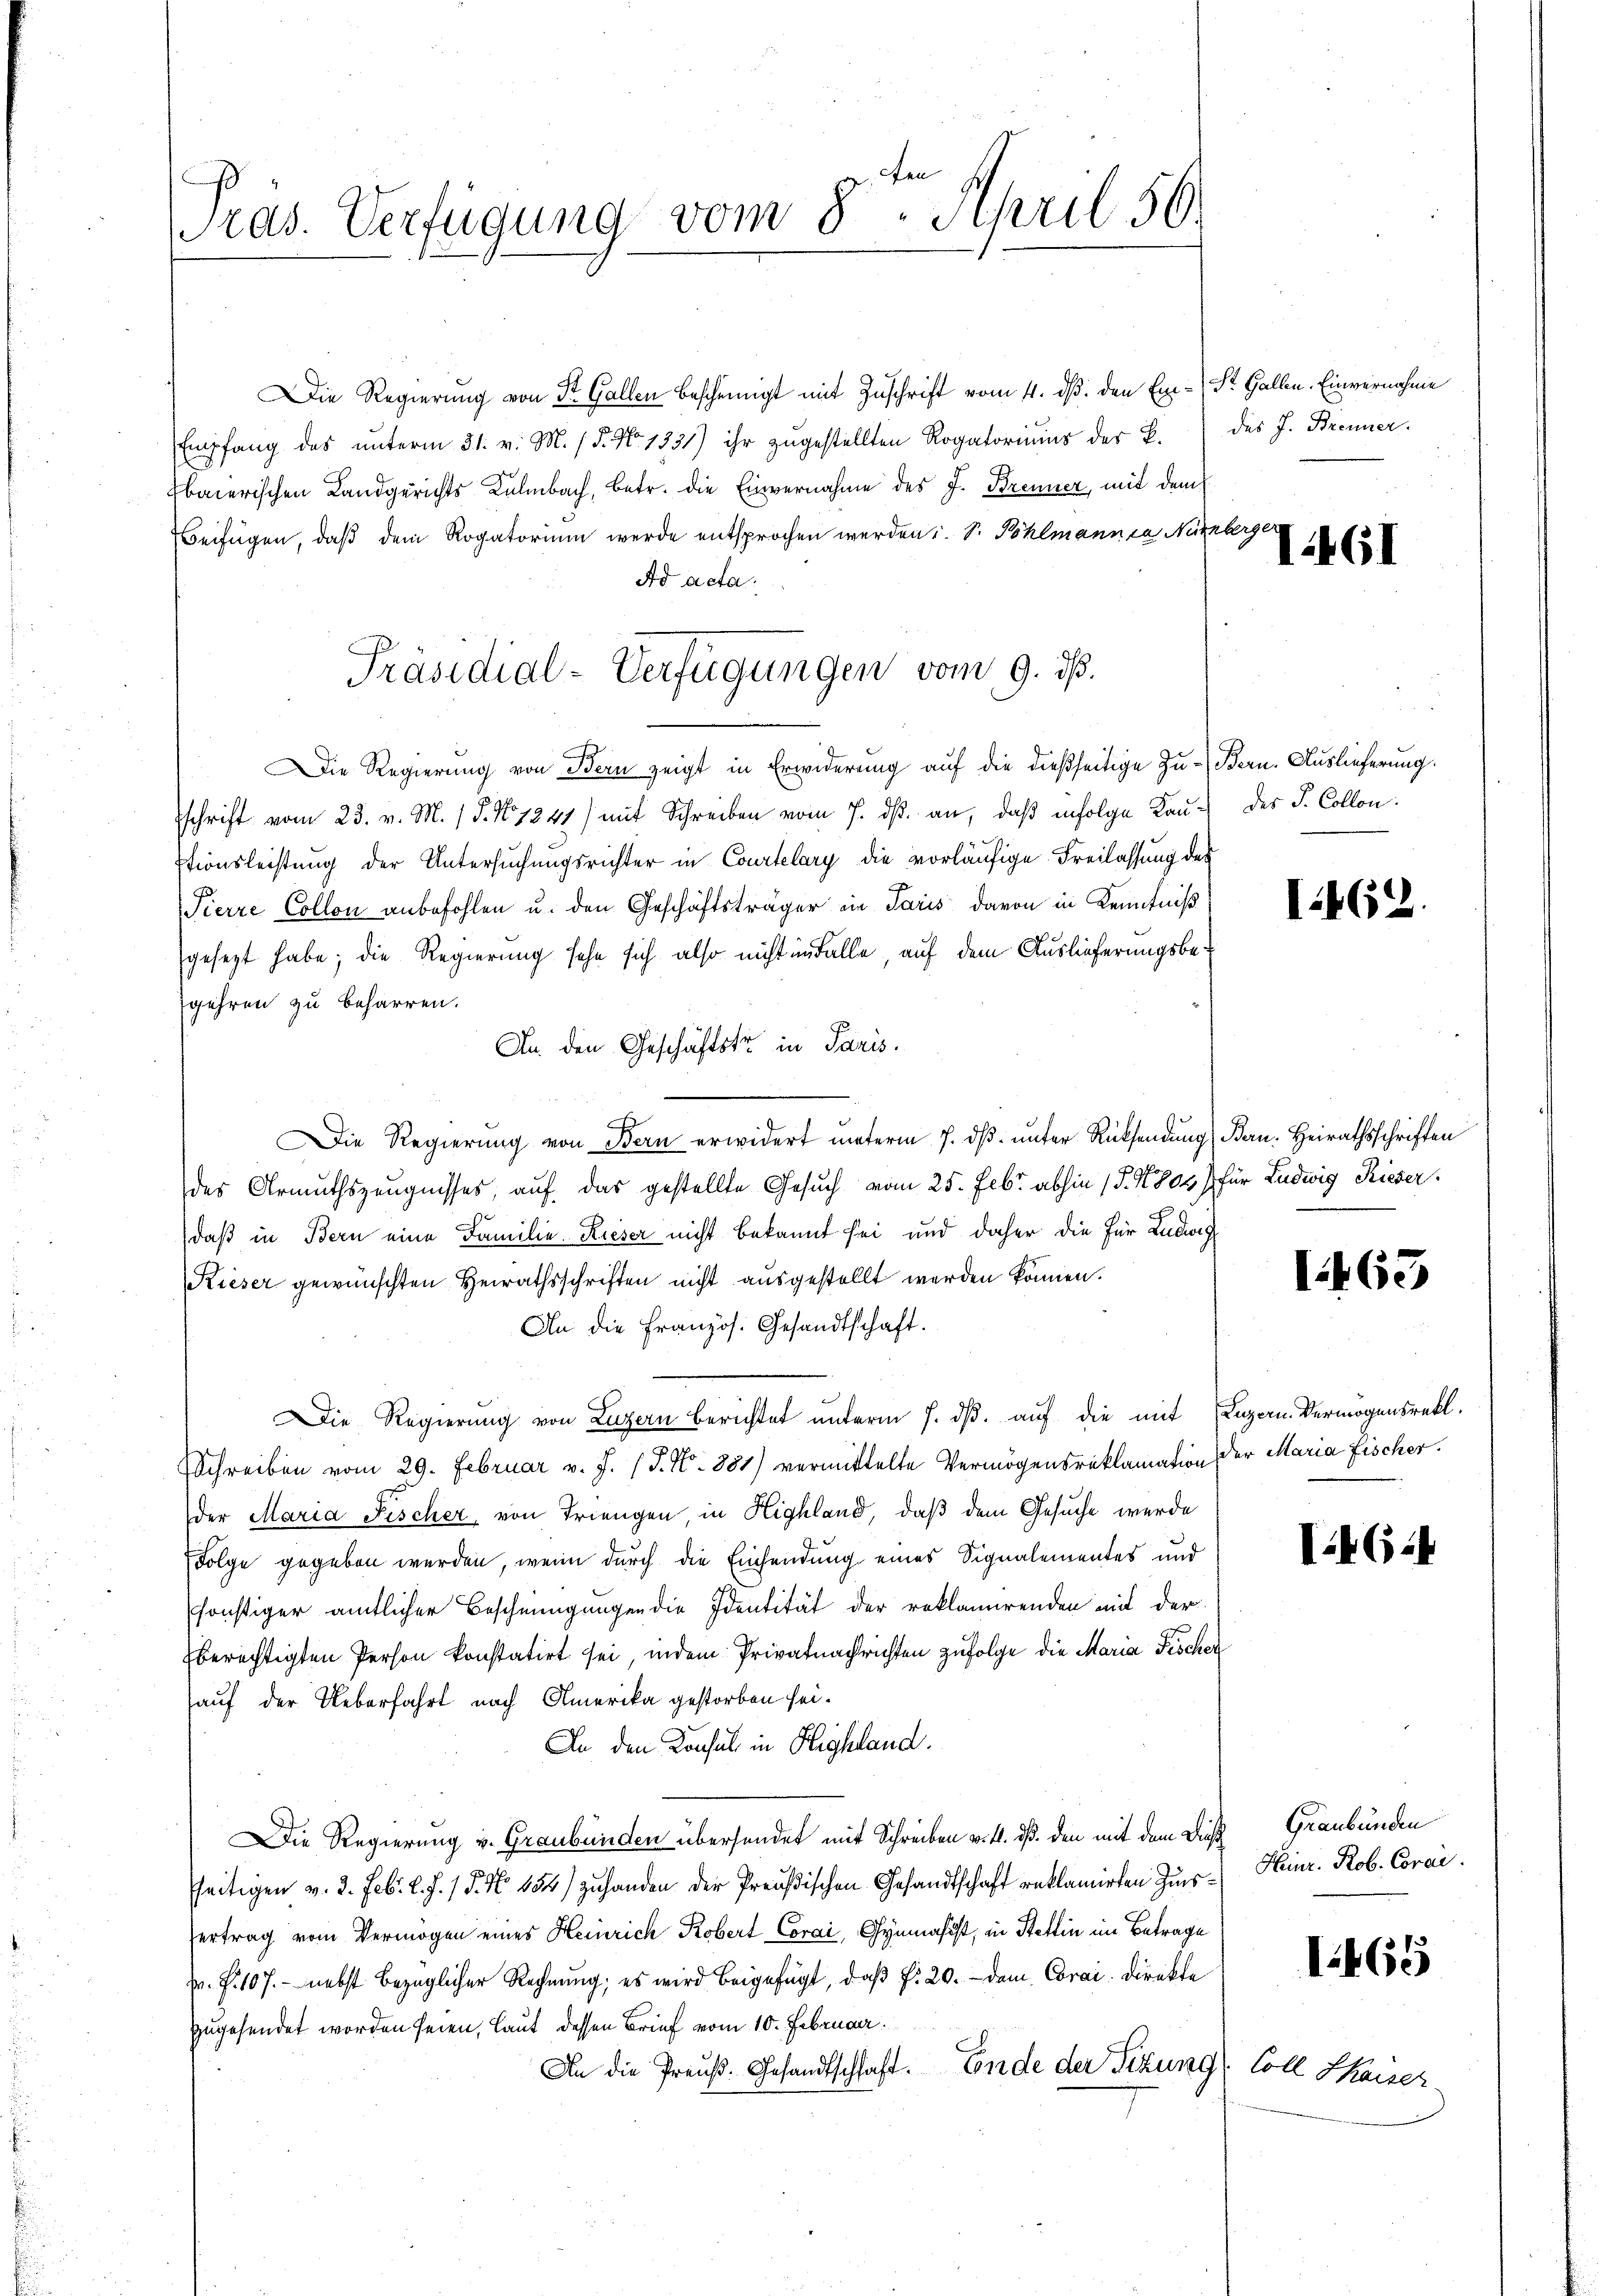
Tras. Verfügung vom 8. April 56.

Die Regierung von St. Gallen bescheinigt mit Zuschrift vom 4. dß. den Em-St. Gallen. Einvernahme
Empfang des ŭnterm 31. v. M. / 5. No 1331) ihr zŭgestellten Rogatoriums der B.
baierischen Landgerichts Kulmbach, betr. die Einvernahme des J. Brenner, mit dem
eifügen, daß dem Rogatorium werde entsprochen werden i. S. Pöhlmann ca Nürnberger
Ad acta.
Die Regierung von Bern zeigt in Erwiderung auf die dießseitige Zu-Bern-Auslieferung.
schrift vom 23. v. M. 18. No 1241) mit Schreiben vom 7. ds. an, daß infolge Kan des J. Collen.
stionsleistung der Untersuchungsrichter in Courtelary die vorläufige Freilassung des
Pierre Collon anbefohlen u. den Geschäftsträger in Paris davon in Kenntniß
gesezt habe; die Regierung sehe sich also nicht im Falle, auf dem Auslieferungsbegehren zu beharren.
An den Geschäftstr. in Paris.
Die Regierung von Bern erwidert unterm 7. ds. unter Rücksendung (Bern. Heirathsschriften
des Armuthszeugnisses, auf das gestellte Gesuch vom 25. Febr. abhin (S. 4803) für Ludwig Rieser
daß in Bern eine Familie. Rieser nicht bekannt sei und daher die für Ludwig
Kieser gewünschten Heirathsschriften nicht ausgestellt werden können.
An die Französ. Gesandtschaft.
Die Regierung von Luzern berichtet unterm 7. dβ. auf die mit
Schreiben vom 29. Februar v. J. J. No. 881) vermittelte Vermögensreklamation der Maria Fischer.
der Maria Fischer, von Triengen, in Highland, daß dem Gesuche werde
Folge gegeben werden, wenn durch die Einsendung eines Signalementes und
sonstiger amtlicher Bescheinigungen die Identität der reklamirenden mit der
berechtigten Person konstatirt sei, indem Privatnachrichten zufolge die Maria Fischer
auf der Ueberfahrt nach Amerika gestorben sei.
An den Konsul in Highland.
Die Regierung v. Graubünden übersendet mit Schreiben v. 4. dß. den mit dem Dieß
seitigen v. 3. Feb. l. J. / 5. No 484) zuhanden der Preußischen Gesandtschaft reklamirten Zinsertrag vom Vermögen eines Heinrich Kobert Corai, Gymnasist, in Stettin im Betrage
Fr. f. 107. nebst bezüglicher Rechnŭng, es wird beigefügt, daβ f: 20. dem Corai. Direkte
zugesendet worden seien, laut dessen Brief vom 10. Februar.
An die Preuß. Gesandtschlaft. Ende der Sitzung

Präsidial-Verfügungen vom 9. ds.

des J. Brenner.

I.46)

I462.

1463

Luzern Vermögensrekt.

I.6.4

Graubünden
Heinr. Rob. Coral.

1465

Coll Skaiser